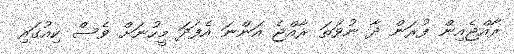
ރާއްޖެއިން ފުރަން ދާ ނުވަތަ ރާއްޖެ އަންނަ އެފަދަ މީހުނަށް ވެސް ކިއުގައި